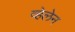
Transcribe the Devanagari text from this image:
व्हेलेन